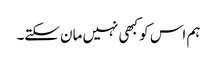
ہم اس کو کبھی نہیں مان سکتے۔